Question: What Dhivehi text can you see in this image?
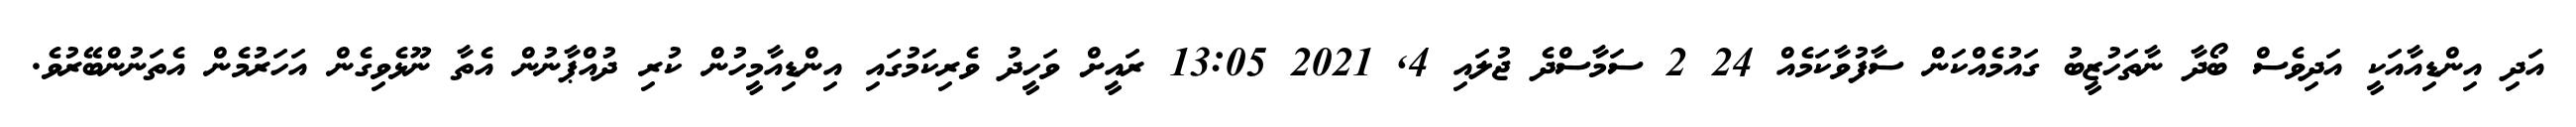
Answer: އަދި އިންޑިއާއަކީ އަދިވެސް ބޯދާ ނާތަހުޒީބު ގައުމެއްކަން ސާފުވާކަމެއް 24 2 ސަމާސްދެ ޖުލައި 4, 2021 13:05 ރައީށް ވަހީދު ވެރިކަމުގައި އިންޑިއާމީހުން ކުރި ދުއްޕާނުން އެތާ ނޫޅެވިގެން އަހަރުމެން އެތަނުންބޭރުވެ.